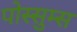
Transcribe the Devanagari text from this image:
पोस्सुम्स